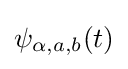
\psi _{\alpha ,a,b}(t)